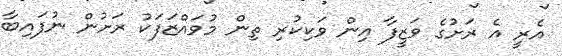
އެރީ އެ ރަށުގެ ވަޒީފާ އިން ވަކިކުރި ތިން މުވައްޒަފަކު ރަށުން ނުފައިބާ